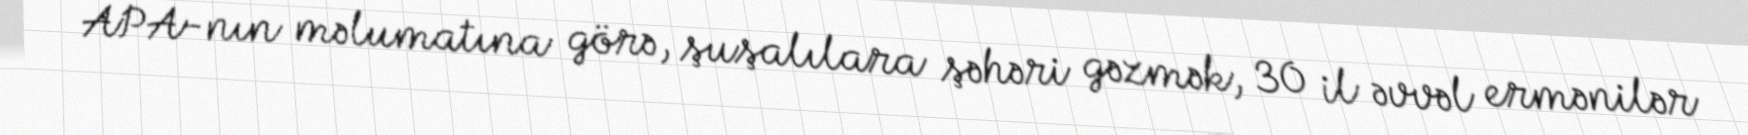
APA-nın məlumatına görə, şuşalılara şəhəri gəzmək, 30 il əvvəl ermənilər